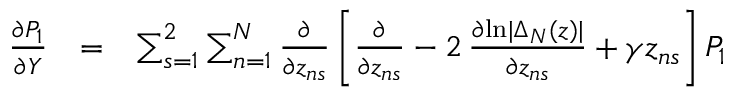
\begin{array} { r l r } { { \frac { \partial P _ { 1 } } { \partial Y } } } & { = } & { \sum _ { s = 1 } ^ { 2 } \sum _ { n = 1 } ^ { N } { \frac { \partial } { \partial z _ { n s } } } \left[ { \frac { \partial } { \partial z _ { n s } } } - 2 \, { \frac { \partial \mathrm { l n } | \Delta _ { N } ( z ) | } { \partial z _ { n s } } } + \gamma z _ { n s } \right] P _ { 1 } } \end{array}